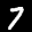
Label: 7